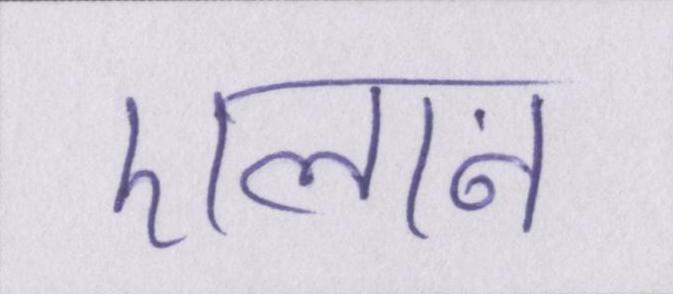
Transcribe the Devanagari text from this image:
एलान